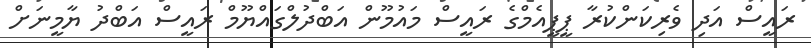
ރައީސް އަދި ވެރިކަންކުރާ ޕީޕީއެމްގެ ރައީސް މައުމޫން އަބްދުލްގައްޔޫމް ރައީސް އަބްދު ޔާމީނަށް